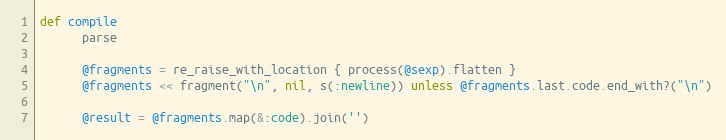
Language: Ruby
def compile
      parse

      @fragments = re_raise_with_location { process(@sexp).flatten }
      @fragments << fragment("\n", nil, s(:newline)) unless @fragments.last.code.end_with?("\n")

      @result = @fragments.map(&:code).join('')